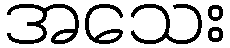
အသေး